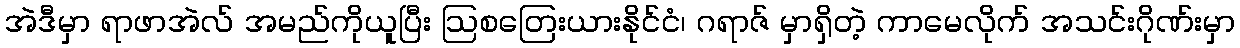
အဲဒီမှာ ရာဖာအဲလ် အမည်ကိုယူပြီး ဩစတြေးယားနိုင်ငံ၊ ဂရာဇ် မှာရှိတဲ့ ကာမေလိုက် အသင်းဂိုဏ်းမှာ